Report on the cholera epidemic of
Year: 1868
Disease focus: Cholera
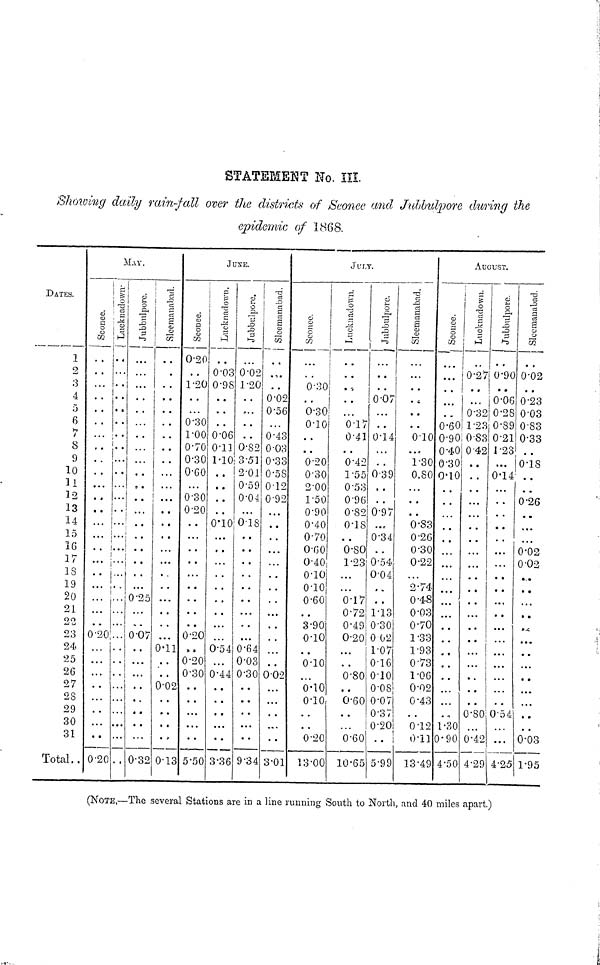
STATEMENT No. III.
Showing daily rain-fall over the districts of Seonee and Jubbulpore during the
epidemic of 1868.
DATKS.
1
2
3
4
5
6
7
8
9
10
11
12
13
14
15
16
17
18
19
20
21
22
23
24
25
26
27
28
29
30
31
Total..
MAY.
i
» *
. ,
...
• 4
, ,
* t
J •
• •
. „
• •
•
• •
...
...
•••
••
...
0•20
•••
• • •
• • •
...
0•20
...
. t
...
" *
...
• t •
...
. »
• •
• • •
...
• •
Jubbulporo.
...
.
.
...
.
•
...
...
••
•
•
...
• >
• *
• •
0•25
. • r
0•07
• •
• • •
...
• »
0•32
m .
• •
• •
...
• a •
••
• •
...
• • •
• • •
• •
0•11
•
0•02
0•13
JUNE.
0•20
• •
1•20
...
0•30
1•00
0•70
0•30
0•60
0•30
0•20
. •
...
• •
• •
• •
0•20
» •
0•20
0•30
• •
• •
5•50
s
. •
0•03
0•98
* •
. *
0•06
0•11
1•10
• •
• a
. •
0•10
...
• •
a ».
• •
• •
0•54
• •
0•44
• •
* •
3•36
s
o
0•02
1•20
• • •
• •
• •
0•82
351
2•01
0•59
0•04
...
018
• •
• •
• •
...
• • •
0•64
0•03
0•30
• •
• •
9•34
Sleemanabad.
• •
. •
0•02
0•56
• • •
0•43
0 03
0•33
0•58
0•12
0•92
• • •
• •
• •
• • m
« • •
• • •
• •
002
...
• • •
3•01
JULY.
g
0•30
0•30
0•10
• •
• •
0•20
0•30
2•00
1•50
0•90
0•40
0•70
0•60
0•40
0•10
0•10
0•60
. •
3•90
0•10
• •
0•10
0•10
0•10
• •
0•20
13•00
o
• •
• •
0•17
0•41
• •
0•42
1•55
0•53
0•96
0•82
0•18
• •
0•80
1•23
• • •
• • •
0•17
0•72
0•49
0•20
• •
0•80
• *
0•60
• •
•
0•60
10•65
\
m §
0•07
• • •
• •
0•14
.. •
0•39
• •
0•97
0•34
••
0•54
0•04
••
•
1•13
0•30
002
1•07
0•16
0•10
0•08
0•07
0•37
0•20
. •
5•99
Sleemanabad.
». •
• «
• •
0•10
• • r
1•30
0•80
...
• •
• •
0•83
0•26
0•30
0•22
...
2•74
0•48
0•03
0•70
1•33
1•93
0•73
1•06
0•02
0•43
012
0•11
13•49
AUGUST.
I
•••
m m
0•60
0•90
0•40
0•30
0•10
• •
• •
• •
• •
...
• • •
• • •
• • *
• • •
• •
• •
...
...
• o
1•30
0•90
4•50
0•27
0•32
1•23
0•83
0•42
• •
. •
. •
...
...
• •
•.
...
...
• •
• •
...
• •
...
...
..
• *
• •
0•80
...
0•42
4•29
S
• •
0•90
0•06
0•28
0•89
0•21
1•23
• • •
0•14
...
••
• •
...
.. •
• •
• •
...
• •
...
...
...
...
...
••
0•54
...
•• •
4•25
Sleemanabad.
• *
0•02
0•23
0•03
0•83
0•33
• •
0•18
• •
• •
0•26
• •
• • •
...
0•02
0•02
•.•
• •
...
• •
• • •
• •
...
• •
• • •
...
• •
0•03
1•95
(NOTE,—The several Stations are in a line running South to North, and 40 miles apart.)